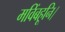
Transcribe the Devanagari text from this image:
मविंबहूनि।